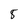
Character: 8